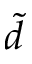
\tilde { d }